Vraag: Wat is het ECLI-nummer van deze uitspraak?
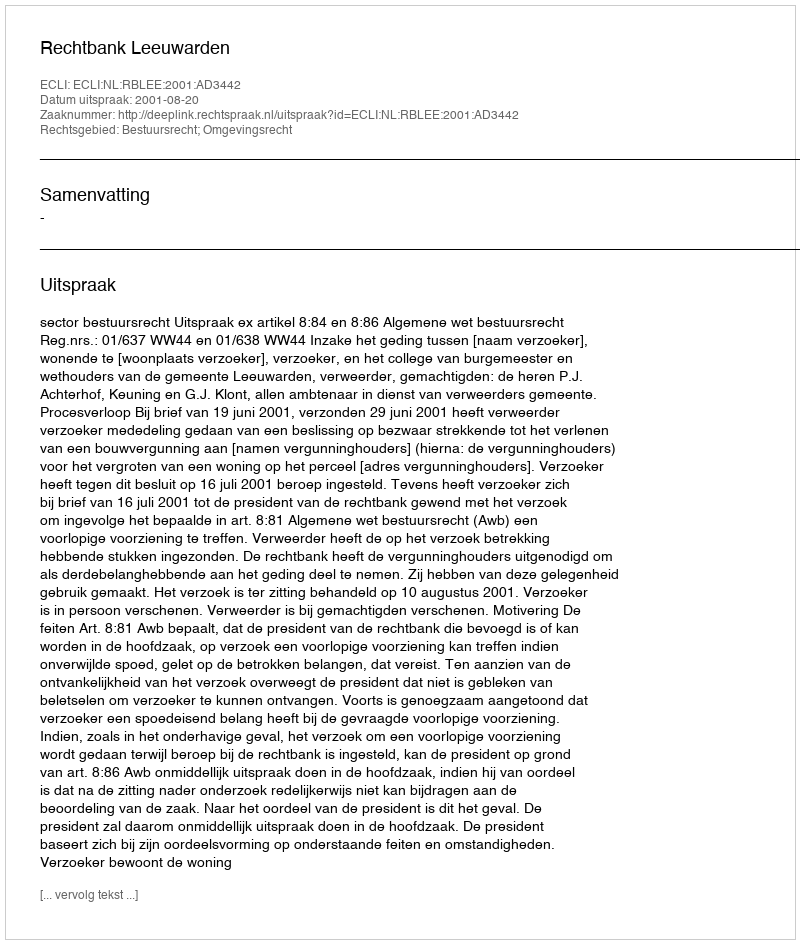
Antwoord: ECLI:NL:RBLEE:2001:AD3442